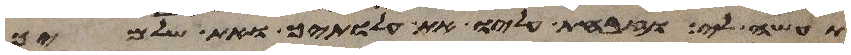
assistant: תעשה לי וזבחת עליו את עלתיך ואת שלמיך